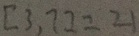
[ 3 , 7 ] = 2 1